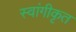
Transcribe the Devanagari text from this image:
स्वांगीकृत